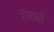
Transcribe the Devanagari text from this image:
रॉकसी